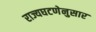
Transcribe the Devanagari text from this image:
राज्यघटणेनुसार